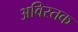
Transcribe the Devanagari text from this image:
अविस्तक